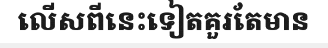
លើសពីនេះទៀតគួរតែមាន